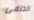
الخلفى